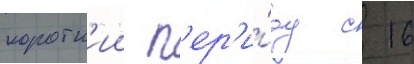
коротк'ии п'ер'и́од с 16